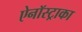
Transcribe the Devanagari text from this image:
ऐनॉस्ट्राका